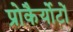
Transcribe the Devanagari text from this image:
प्रोकैर्योटों